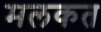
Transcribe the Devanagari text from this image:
मलकत